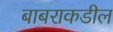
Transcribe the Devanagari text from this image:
बाबराकडील